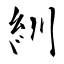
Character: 紃